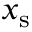
x _ { \mathrm { s } }